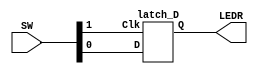
module latch_D_board (input [3:2] SW,
								output [0:0] LEDR);

		latch_D ex1(SW[3], SW[2], LEDR[0]);
								
endmodule


module latch_D (Clk, D, Q);
		input Clk, D;
		output Q;
		
		wire R, R_g, S_g, Qa, Qb; 
		
		assign R = !D;
		
		nand (S_g, D, Clk);
		nand (R_g, R, Clk);
		nand (Qa, S_g, Qb);
		nand (Qb, R_g, Qa);
		assign Q = Qa;
		
endmodule